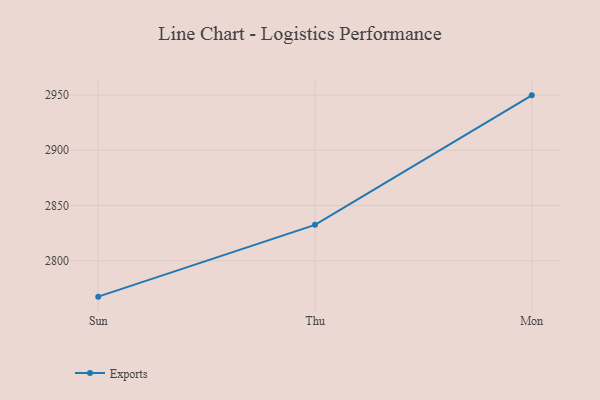
{"axis": {"x": "Day", "y": "Revenue (USD Million)"}, "legend": ["Exports"], "data": [{"x": "Sun", "y": 2767.5, "type": "Exports"}, {"x": "Thu", "y": 2832.5, "type": "Exports"}, {"x": "Mon", "y": 2949.7, "type": "Exports"}]}